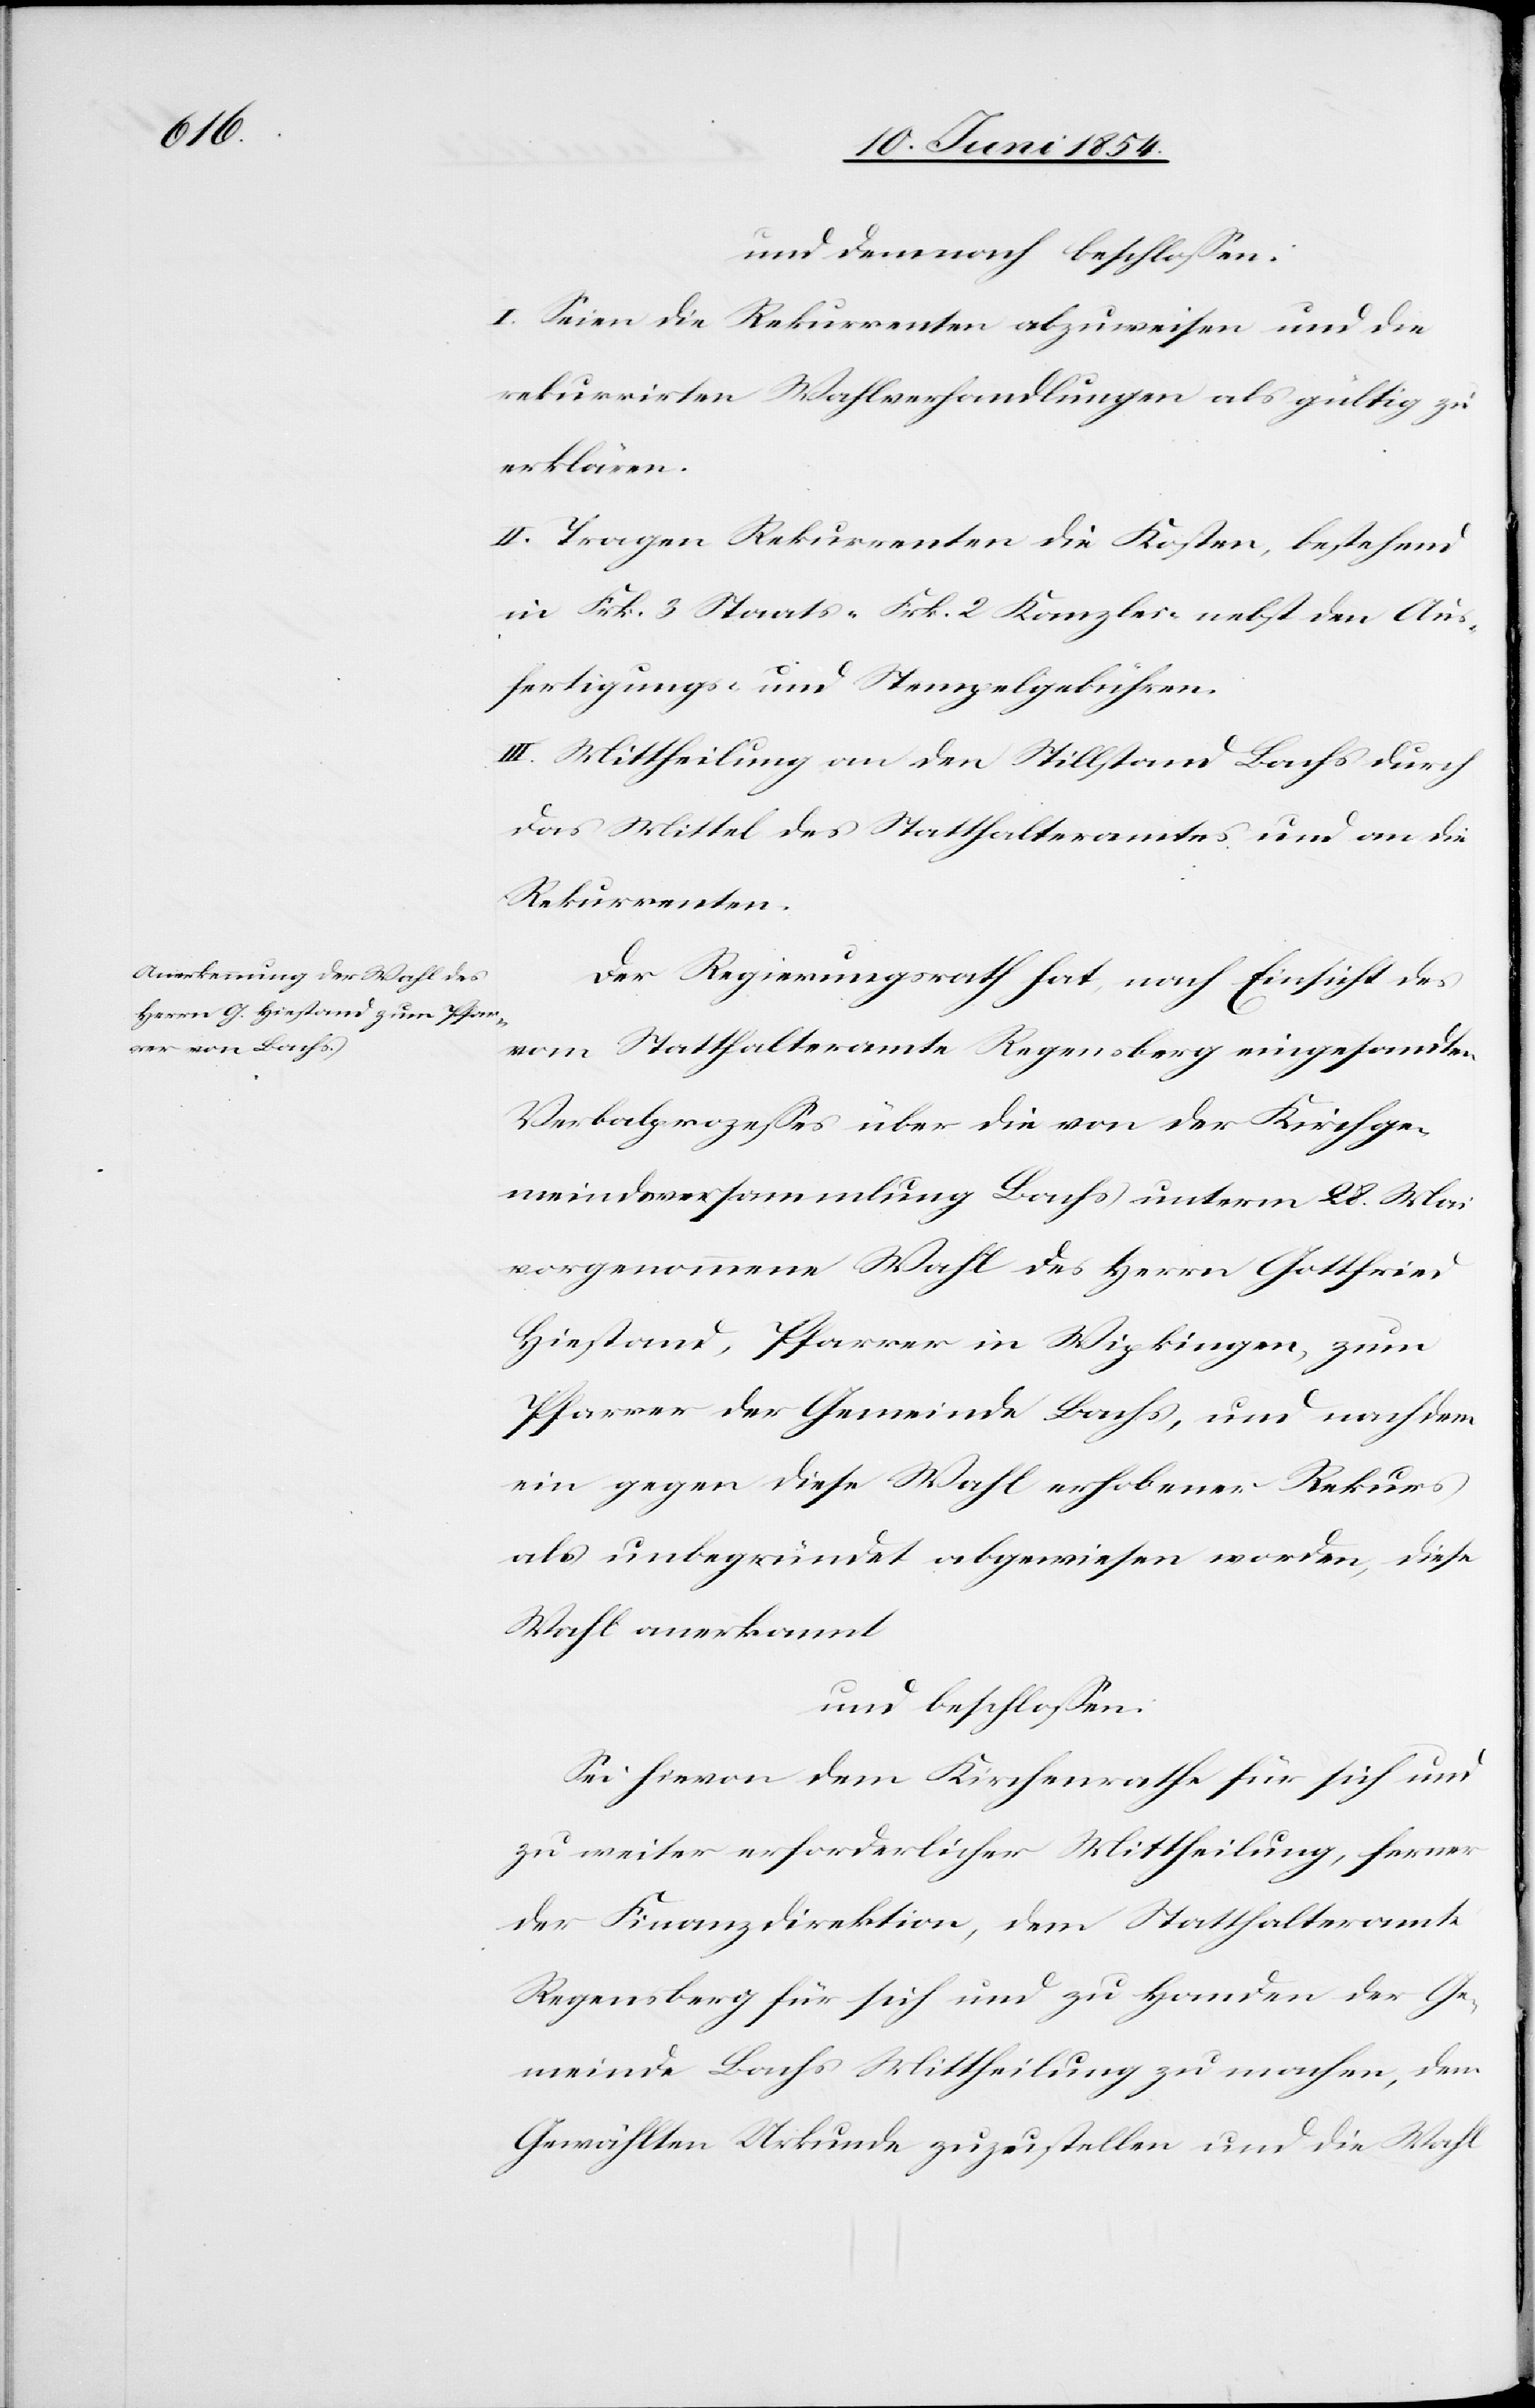
und demnach beschloßen:
I. Seien die Rekurrenten abzuweisen und die
rekurrirten Wahlverhandlungen als gültig zu
erklären.
II. Tragen Rekurrenten die Kosten, bestehend
in Frk. 3 Staats-[,] Frk. 2 Kanzlei-[,] nebst den Aus¬
fertigungs- und Stempelgebühren.
III. Mittheilung an den Stillstand Bachs durch
das Mittel des Statthalteramtes und an die
Rekurrenten.
Der Regierungsrath hat, nach Einsicht des
vom Statthalteramte Regensberg eingesandten
Verbalprozeßes über die von der Kirchge¬
meindsversammlung Bachs unterm 28. Mai
vorgenommene Wahl des Herrn Gottfried
Hiestand, Pfarrer in Wipkingen, zum
Pfarrer der Gemeinde Bachs, und nach dem
ein gegen diese Wahl erhobener Rekurs
als unbegründet abgewiesen worden, diese
Wahl anerkannt
und beschloßen:
Sei hievon dem Kirchenrathe für sich und
zu weiter erforderlicher Mittheilung, ferner
der Finanzdirektion, dem Statthalteramte
Regensberg für sich und zu Handen der Ge¬
meinde Bachs Mittheilung zu machen, dem
Gewählten Urkunde zuzustellen und die Wahl